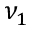
\nu _ { 1 }